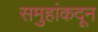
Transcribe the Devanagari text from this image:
समुहांकदून